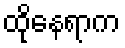
ထိုနေရာက